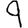
Digit: 9